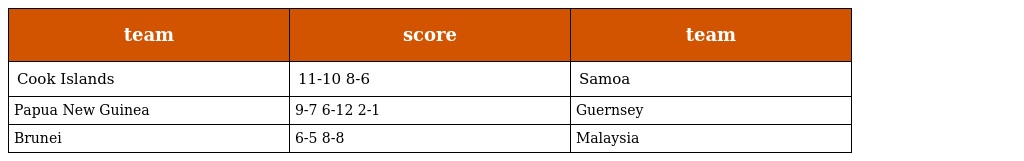
| team | score | team |
 | --- | --- | --- |
 | Cook Islands | 11-10 8-6 | Samoa |
 | Papua New Guinea | 9-7 6-12 2-1 | Guernsey |
 | Brunei | 6-5 8-8 | Malaysia |